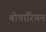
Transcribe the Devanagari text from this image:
बोवारियन